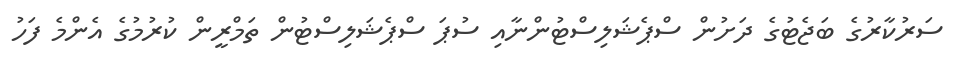
ސަރުކާރުގެ ބަޖެޓުގެ ދަށުން ސްޕެޝަލިސްޓުންނާއި ސުޕަ ސްޕެޝަލިސްޓުން ތަމްރީން ކުރުމުގެ އެންމެ ފަހު